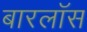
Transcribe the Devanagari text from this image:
बारलॉस